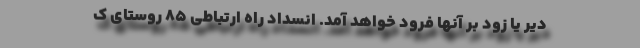
دیر یا زود بر آنها فرود خواهد آمد. انسداد راه ارتباطی 85 روستای ک